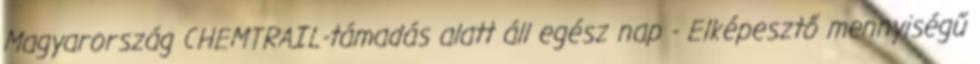
Magyarország CHEMTRAIL-támadás alatt áll egész nap - Elképesztő mennyiségű